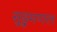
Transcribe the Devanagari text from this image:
सुड़ुमणल